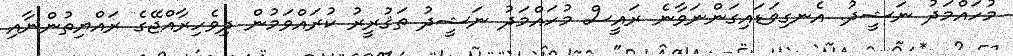
މުހައްމަދު ނަޝީދު. އެނގިވަޑައިގަންނަވާނެ ރައީސް މުހައްމަދު ނަޝީދު ތަޤުރީރު ކުރައްވަމުން ދިވެހިރާއްޖޭގެ ރައްޔިތުންނާއި